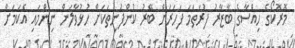
މޮރޮކޯގެ ހިއްސާގެ ބާޒާރު ފުރަތަމަ ފަހަރަށް ބޭރު ކުންފުނިތަކަށް ހުޅުވާލަން ނިންމައި އެކަމަށް